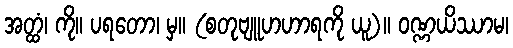
အတ္ထံ၊ ကို။ ပရတော၊ မှ။ (စတုဗျူဟဟာရကို ယူ)။ ဝဏ္ဏယိဿာမ၊